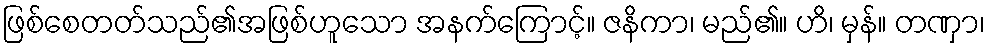
ဖြစ်စေတတ်သည်၏အဖြစ်ဟူသော အနက်ကြောင့်။ ဇနိကာ၊ မည်၏။ ဟိ၊ မှန်။ တဏှာ၊